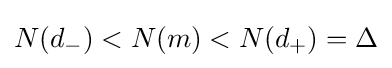
N(d_{-})<N(m)<N(d_{+})=\Delta